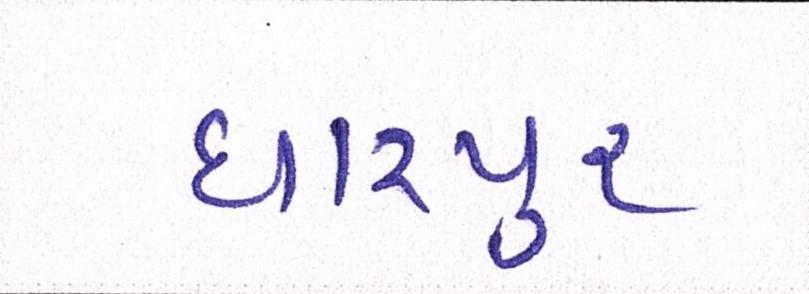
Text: ધારપુર